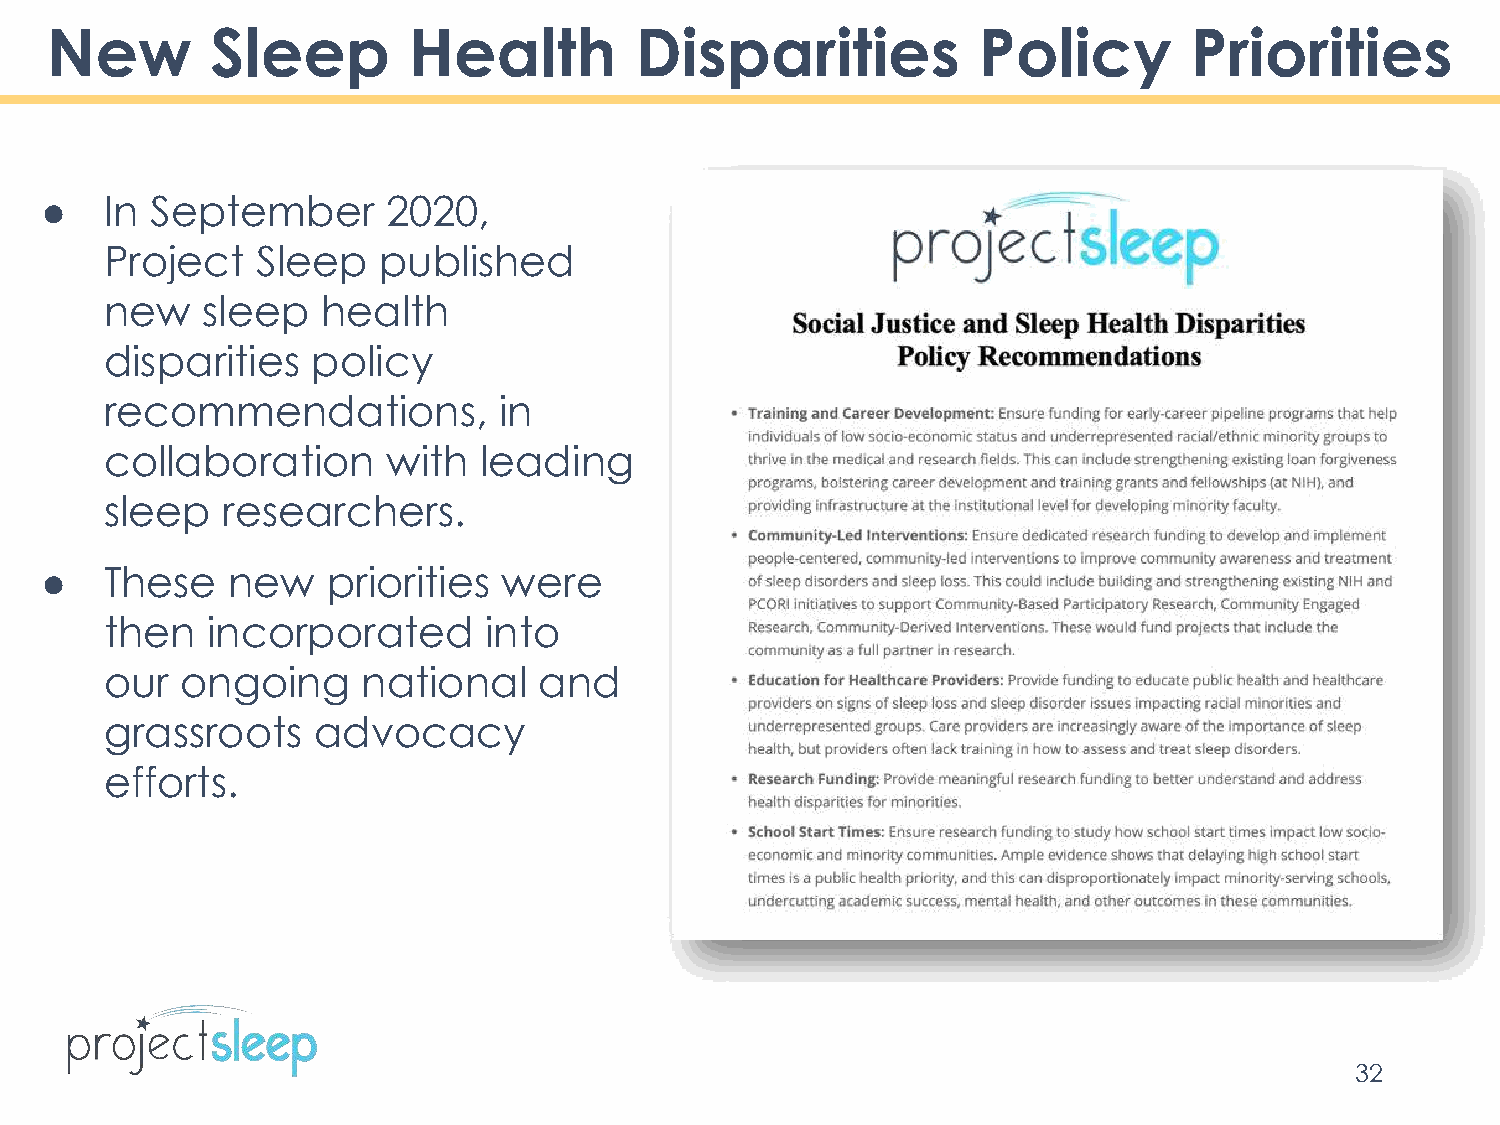
New        Sleep        Health         Disparities            Policy        Priorities
 ●   In September       2020,
 Project   Sleep   published
 new   sleep   health
 disparities   policy
 recommendations,          in
 collaboration      with  leading
 sleep   researchers.
 ●   These   new    priorities were
 then   incorporated      into
 our  ongoing     national    and
 grassroots    advocacy
 efforts.
 32